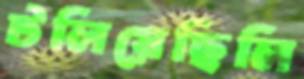
টলিয়েছিলি